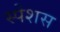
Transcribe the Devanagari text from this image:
स्पेशस